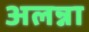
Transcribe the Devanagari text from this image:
अलन्ना